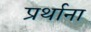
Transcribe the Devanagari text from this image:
प्रर्थाना